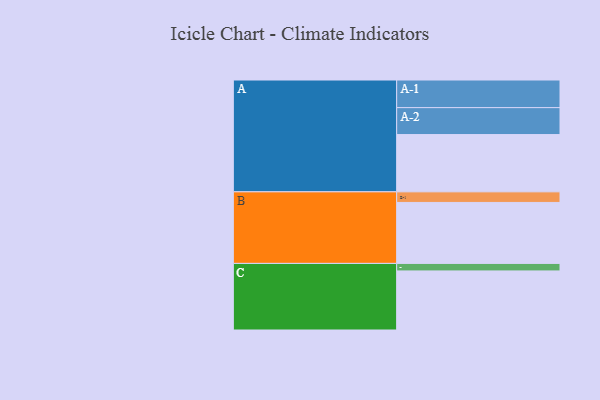
{"axis": {"x": "Segment", "y": "Value"}, "legend": ["", "A", "B", "C"], "data": [{"x": "A", "y": 481, "type": ""}, {"x": "B", "y": 512, "type": ""}, {"x": "C", "y": 496, "type": ""}, {"x": "A-1", "y": 232, "type": "A"}, {"x": "A-2", "y": 226, "type": "A"}, {"x": "B-1", "y": 89, "type": "B"}, {"x": "C-1", "y": 63, "type": "C"}]}